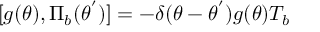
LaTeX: [ g ( \theta ) , { \Pi } _ { b } ( { \theta } ^ { ' } ) ] = - { \delta } ( { \theta } - { \theta } ^ { ' } ) g ( \theta ) T _ { b }